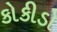
કોકીડો